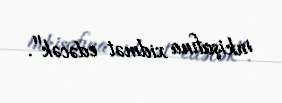
inkişafına xidmət edəcək".